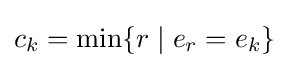
c_{k}=\min\{r\mid e_{r}=e_{k}\}